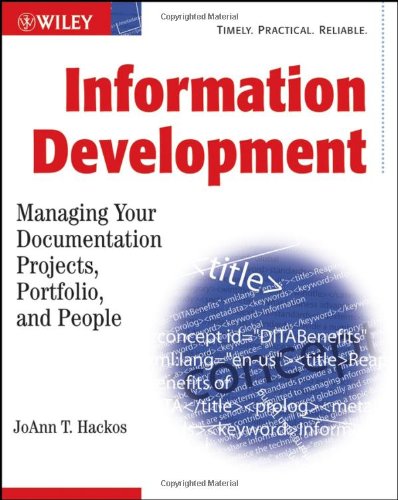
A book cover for Information Development: Managing Your Documentation Projects, Portfolio, and People; JoAnn T. Hackos; Test Preparation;